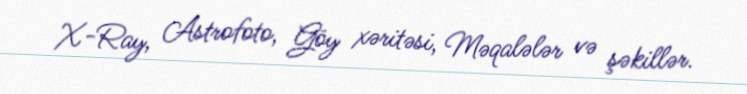
X-Ray, Astrofoto, Göy xəritəsi, Məqalələr və şəkillər.